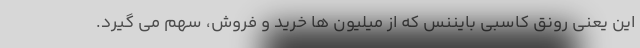
این یعنی رونق کاسبی بایننس که از میلیون ها خرید و فروش، سهم می گیرد.